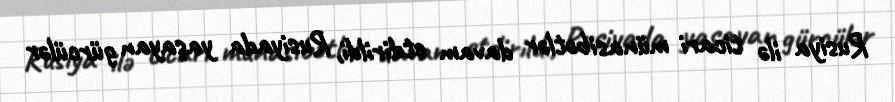
Rusiya ilə ticari münasibətlər davam etdirildi, Rusiyada yaşayan gürcülər